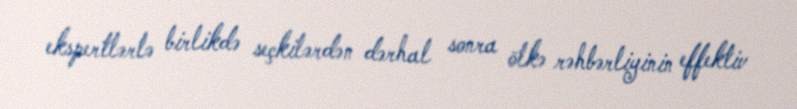
ekspertlərlə birlikdə seçkilərdən dərhal sonra ölkə rəhbərliyinin effektiv